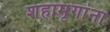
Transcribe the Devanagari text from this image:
शहामृगांना